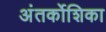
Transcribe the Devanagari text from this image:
अंतर्कोशिका